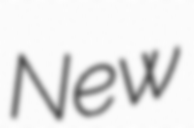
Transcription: New